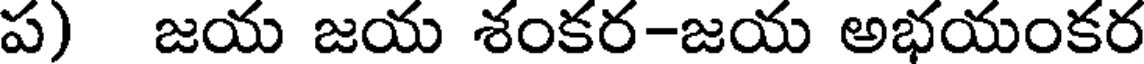
ప) జయ జయ శంకర-జయ అభయంకర